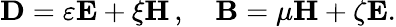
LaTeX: \mathbf{D}=\varepsilon\mathbf{E}+\xi\mathbf{H}\, ,\quad\mathbf{B}=\mu\mathbf{H}+\zeta\mathbf{E}.